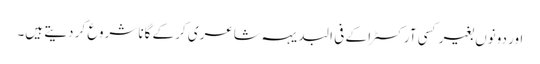
اور دونوں بغیر کسی آرکسٹرا کے فی البدیہہ شاعری کر کے گانا شروع کر دیتے ہیں۔